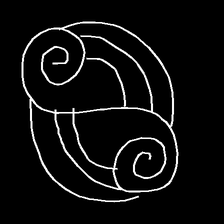
Glyph: wind-underfoot